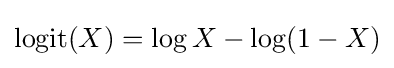
{\text{logit}}(X)=\log X-\log(1-X)